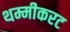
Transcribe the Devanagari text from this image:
थम्मीकरट